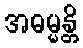
အဓမ္မန္တိ